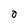
Character: O